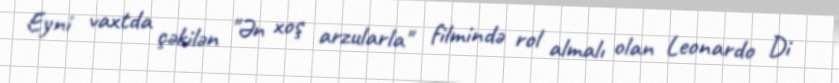
Eyni vaxtda çəkilən "Ən xoş arzularla" filmində rol almalı olan Leonardo Di